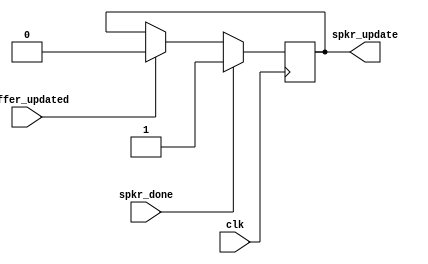
`timescale 1ns / 1ps
//////////////////////////////////////////////////////////////////////////////////
// Company: 
// Engineer: 
// 
// Design Name: 
// Module Name:    buffer_mod 
// Project Name: 
// Target Devices: 
// Tool versions: 
// Description: 
//
// Dependencies: 
//
// Revision: 
// Revision 0.01 - File Created
// Additional Comments: 
//
//////////////////////////////////////////////////////////////////////////////////
module buffer_mod(
	input clk, spkr_done, buffer_updated,
	output reg spkr_update);

// sets speaker_update high when speaker done signal goes high. When signal is awknowledged, it goes low again. 
	always @ (posedge clk)
		if (spkr_done)
			spkr_update <= 1;
		else if(buffer_updated)
			spkr_update <= 0;
			
		
			
		

endmodule